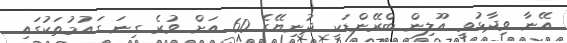
އޭނާ ވިދާޅުވީ އޫލިން ބްރޭންޑަކީ ދުނިޔޭގެ 60 އަށް ވުރެ ގިނަ ގައުމުތަކުގައި